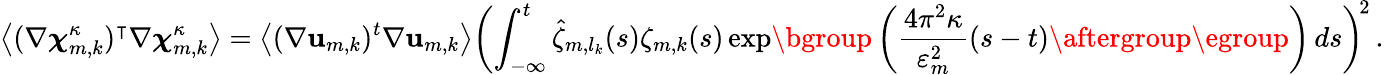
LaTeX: \bigl\langle(\nabla{\boldsymbol{\chi}}_{m,k}^{\kappa})^{\intercal}\nabla{\boldsymbol{\chi}}_{m,k}^{\kappa}\bigr\rangle=\bigl\langle(\nabla\mathbf{u}_{m,k})^{t}\nabla\mathbf{u}_{m,k}\bigr\rangle\biggl(\int_{-\infty}^{t}\hat{\zeta}_{m,l_{k}}(s)\zeta_{m,k}(s)\exp\mathopen{}\mathclose\bgroup\left(\frac{4\pi^{2}\kappa}{\varepsilon_{m}^{2}}(s-t)\aftergroup\egroup\right)\, ds\biggr)^{\! 2}\, .